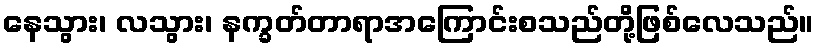
နေသွား၊ လသွား၊ နက္ခတ်တာရာအကြောင်းစသည်တို့ဖြစ်လေသည်။